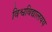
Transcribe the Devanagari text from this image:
विश्वविद्यालयय